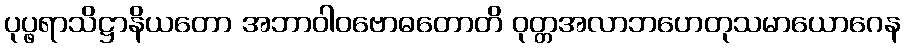
ပုပ္ဖရာသိဋ္ဌာနိယတော အဘာဝါဝဗောဓတောတိ ဝုတ္တအလာဘဟေတုသမာယောဂေန